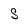
Character: S